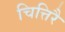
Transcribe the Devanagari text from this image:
चित्तिरै